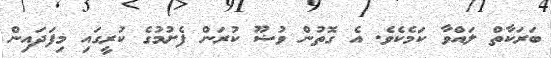
ބަރަކާތް ލައްވާ ކަމެކެވެ. އެ ގޮތުން ވުޟޫ ކުރަން ފެށުމުގެ ކުރީގައި މިފަދައިން